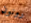
رونون